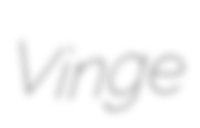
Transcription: Vinge